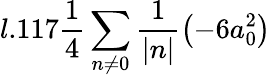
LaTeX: l.117\frac{1}{4}\sum_{n\neq 0}\frac{1}{|n|}\left(-6a_{0}^{2}\right)